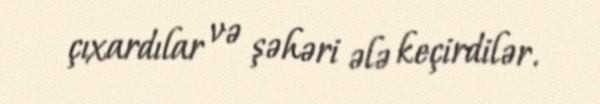
çıxardılar və şəhəri ələ keçirdilər.